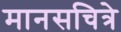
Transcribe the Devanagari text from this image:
मानसचित्रे